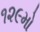
૧૨૯મો